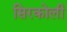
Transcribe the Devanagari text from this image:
सिरकोली